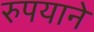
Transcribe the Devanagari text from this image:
रुपयाने